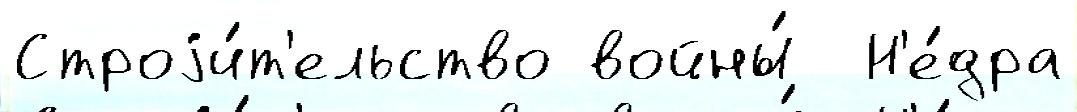
Строjи́т'ельство войны́  Н'е́дра